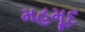
મહમૂદ